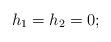
LaTeX: \begin{align*}h_1=h_2=0 ;\end{align*}